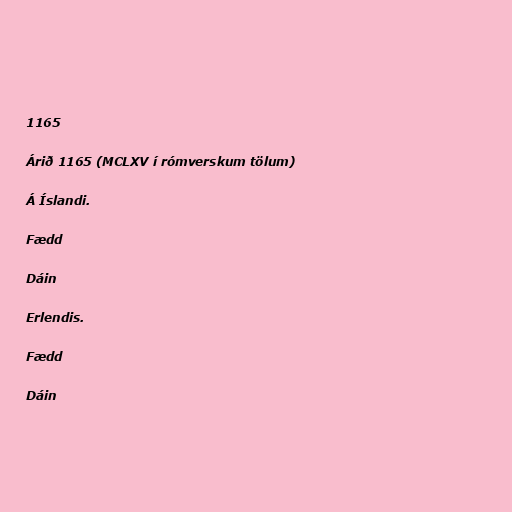
1165

Árið 1165 (MCLXV í rómverskum tölum)

Á Íslandi.

Fædd

Dáin

Erlendis.

Fædd

Dáin